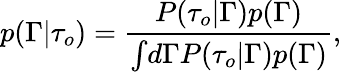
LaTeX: p(\Gamma\vert\tau_{o})=\frac{P(\tau_{o}\vert\Gamma)p(\Gamma)}{\int\! d\Gamma P(\tau_{o}\vert\Gamma)p(\Gamma)},